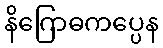
နိဂြောဓကပ္ပေန